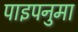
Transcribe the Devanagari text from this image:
पाइपनुमा